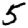
Digit: 5